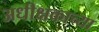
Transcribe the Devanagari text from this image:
अधीक्षकाच्या